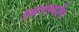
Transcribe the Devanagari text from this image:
इस्रायलवरील